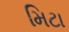
મિટા